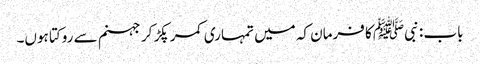
باب : نبیﷺ کا فرمان کہ میں تمہاری کمر پکڑ کر جہنم سے روکتا ہوں۔